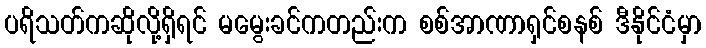
ပရိသတ်ကဆိုလို့ရှိရင် မမွေးခင်ကတည်းက စစ်အာဏာရှင်စနစ် ဒီနိုင်ငံမှာ